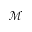
\mathcal { M }